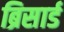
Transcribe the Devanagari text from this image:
ब्रिसार्ड